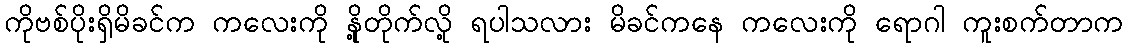
ကိုဗစ်ပိုးရှိမိခင်က ကလေးကို နို့တိုက်လို့ ရပါသလား မိခင်ကနေ ကလေးကို ရောဂါ ကူးစက်တာက